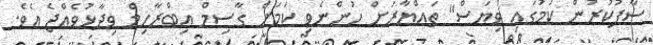
ސާފުކުރުން ކަމުގައި ވިޔަސް" ތައްޔާރަށް ހުންނެވި ކަމަށް ގާސިމް އިބްރާހިމް ވިދާޅުވެއްޖެ އެވެ.